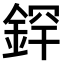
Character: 𫒢